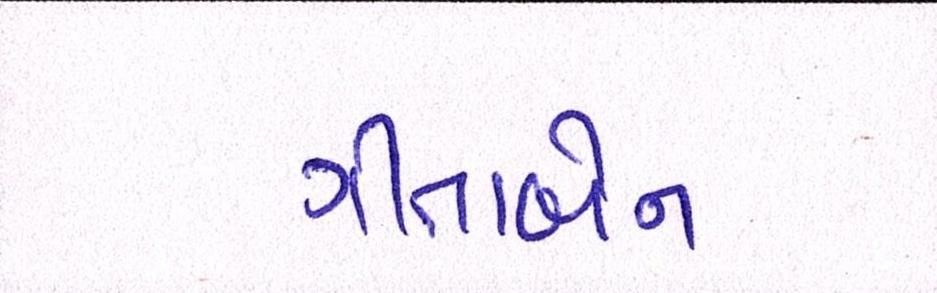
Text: ગીતાબેન